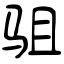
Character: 驵